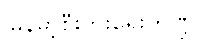
မြန်မာ့စီးပွားရေးကဏ္ဍ